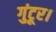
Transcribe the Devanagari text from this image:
गुंटूर।